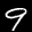
Label: 9